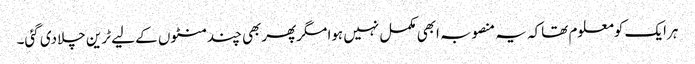
ہرایک کومعلوم تھاکہ یہ منصوبہ ابھی مکمل نہیں ہوا مگرپھربھی چندمنٹوں کے لیے ٹرین چلادی گئی۔